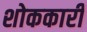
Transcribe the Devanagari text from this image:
शोककारी